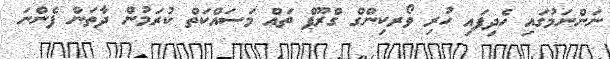
ނަންނަމުގައި ހެދިފައި ހުރި ވޯރކިންގް ގްރޫޕް ތައް މަސައްކަތް ކުރަމުން ދާތަން ފެންނަ